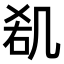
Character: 𠙏